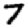
Digit: 7